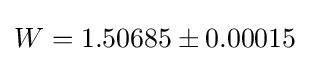
W=1.50685\pm 0.00015